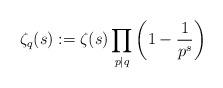
LaTeX: \begin{align*} \zeta_q(s):=\zeta(s)\prod_{p|q}\left(1-\frac{1}{p^s}\right)\end{align*}